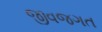
જીવજગત